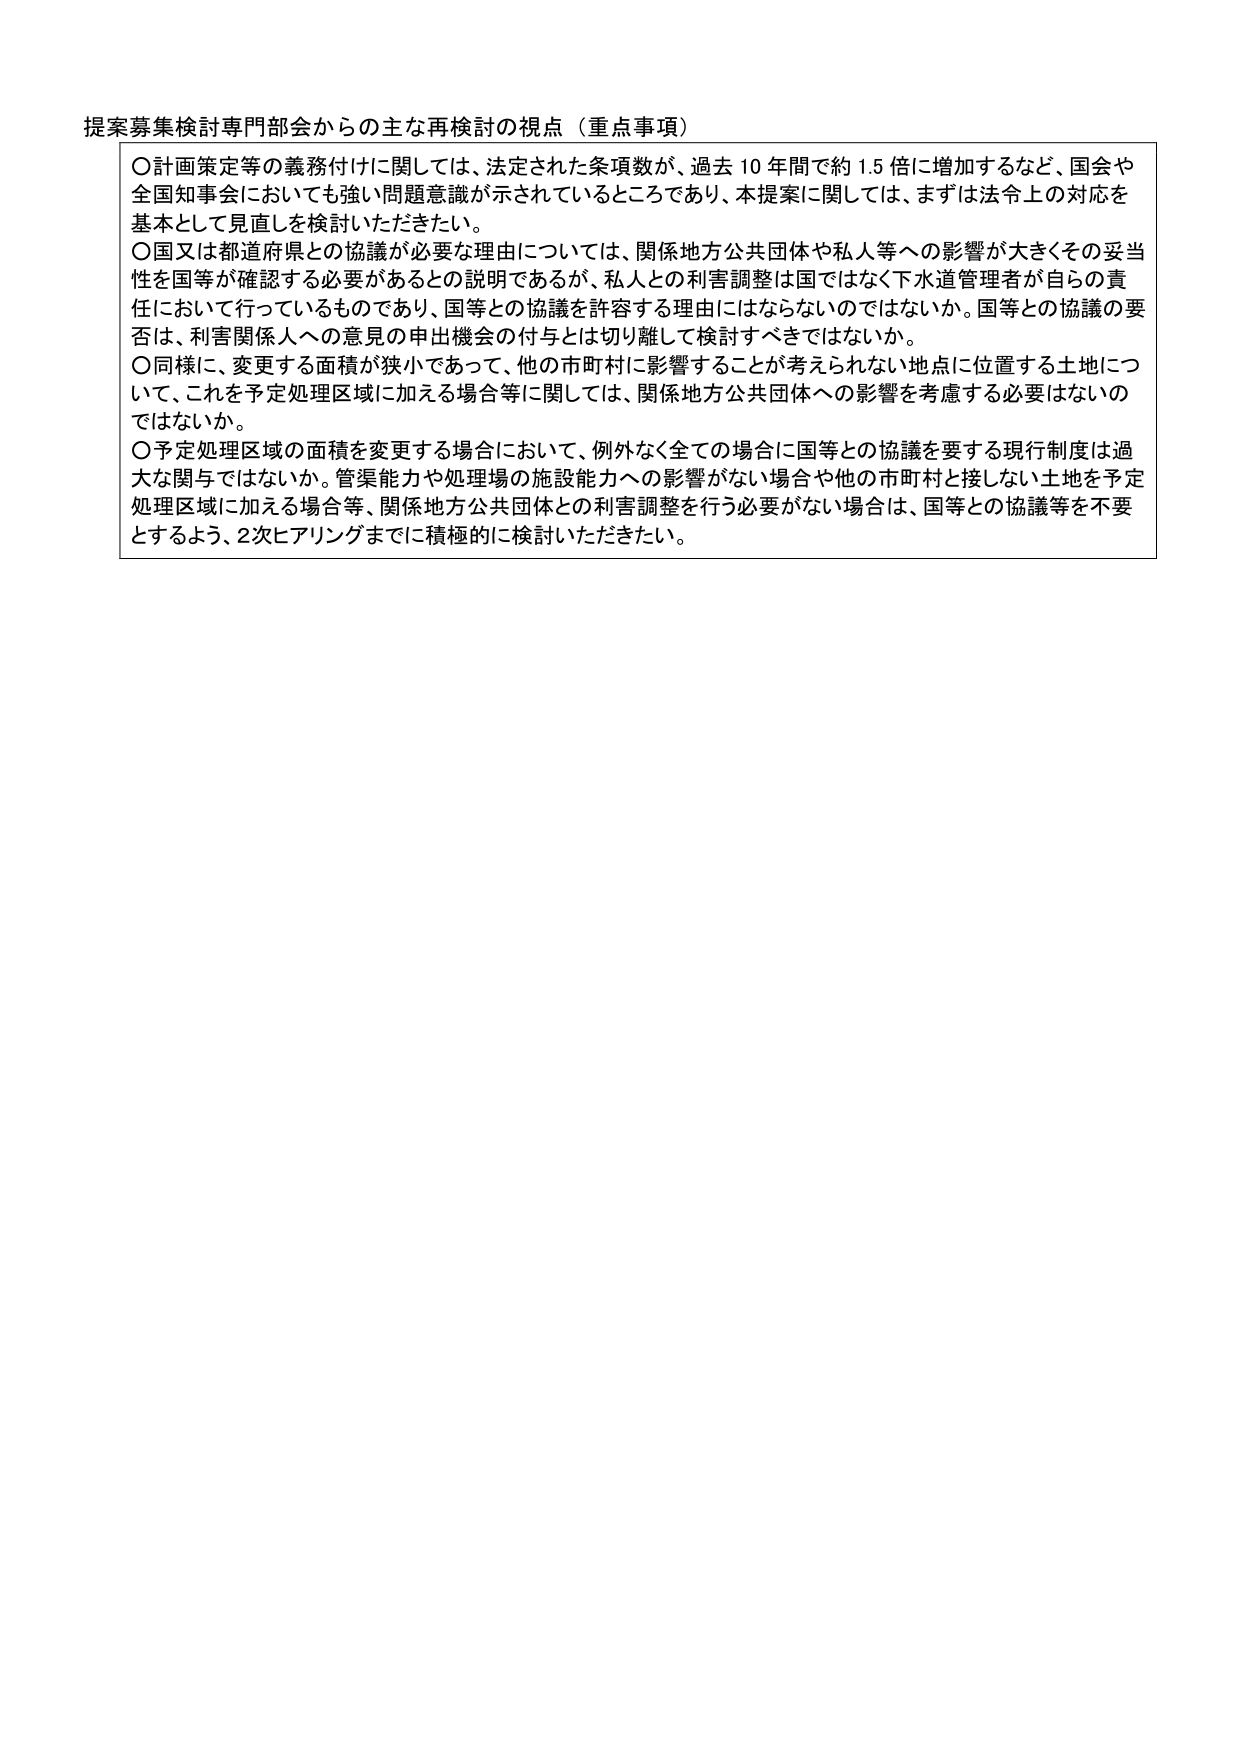
提案募集検討専門部会からの主な再検討の視点（重点事項）

〇計画策定等の義務付けに関しては、法定された条項数が、過去10年間で約1.5倍に増加するなど、国会や全国知事会においても強い問題意識が示されているところであり、本提案に関しては、まずは法令上の対応を基本として見直しを検討いただきたい。

〇国又は都道府県との協議が必要な理由については、関係地方公共団体や私人等への影響が大きくその妥当性を国等が確認する必要があるとの説明であるが、私人との利害調整は国ではなく下水道管理者が自らの責任において行っているものであり、国等との協議を許容する理由にはならないのではないか。国等との協議の要否は、利害関係人への意見の申出機会の付与とは切り離して検討すべきではないか。

〇同様に、変更する面積が狭小であって、他の市町村に影響することが考えられない地点に位置する土地について、これを予定処理区域に加える場合等に関しては、関係地方公共団体への影響を考慮する必要はないのではないか。

〇予定処理区域の面積を変更する場合において、例外なく全ての場合に国等との協議を要する現行制度は過大な関与ではないか。管渠能力や処理場の施設能力への影響がない場合や他の市町村と接しない土地を予定処理区域に加える場合等、関係地方公共団体との利害調整を行う必要がない場合は、国等との協議等を不要とするよう、2次ヒアリングまでに積極的に検討いただきたい。